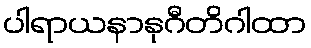
ပါရာယနာနုဂီတိဂါထာ